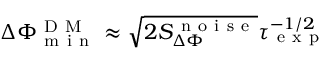
\Delta \Phi _ { \mathrm { ~ m ~ i ~ n ~ } } ^ { \mathrm { ~ D ~ M ~ } } \approx \sqrt { 2 S _ { \Delta \Phi } ^ { \mathrm { ~ n ~ o ~ i ~ s ~ e ~ } } } \tau _ { \mathrm { ~ e ~ x ~ p ~ } } ^ { - 1 / 2 }